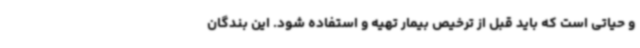
و حیاتی است که باید قبل از ترخیص بیمار تهیه و استفاده شود. این بندگان